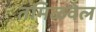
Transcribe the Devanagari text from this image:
तमिळवेल